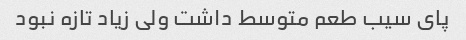
پای سیب طعم متوسط داشت ولی زیاد تازه نبود